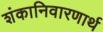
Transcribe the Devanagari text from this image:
शंकानिवारणार्थ